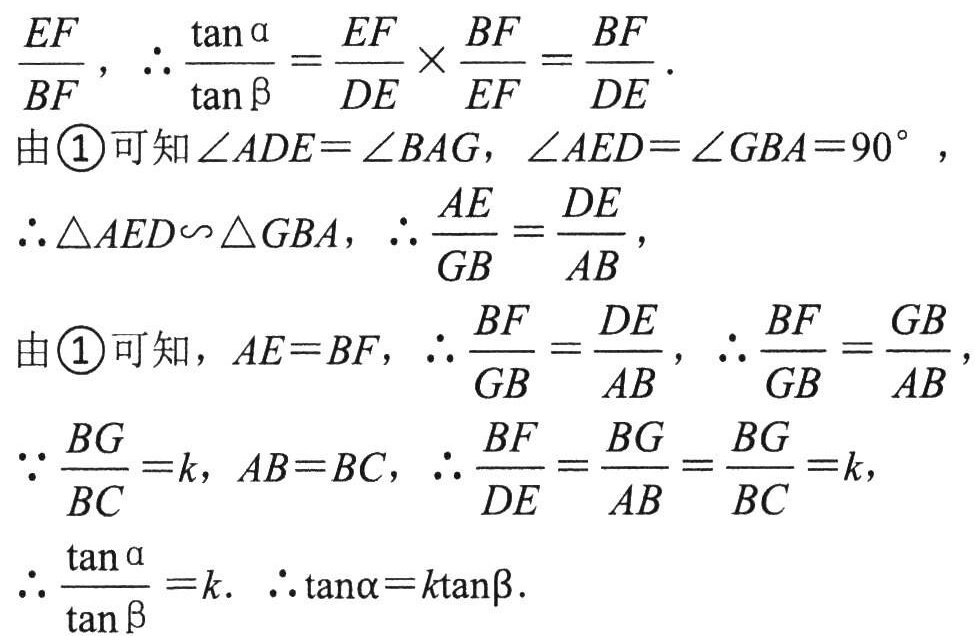
\(\frac{EF}{BF}\)，\(\therefore\frac{\tan\alpha}{\tan\beta}=\frac{EF}{DE}\times\frac{BF}{EF}=\frac{BF}{DE}\)．
由\textcircled{1}可知\(\angle ADE = \angle BAG\)，\(\angle AED=\angle GBA = 90^{\circ}\)，
\(\therefore\triangle AED\backsim\triangle GBA\)，\(\therefore\frac{AE}{GB}=\frac{DE}{AB}\)，
由\textcircled{1}可知，\(AE = BF\)，\(\therefore\frac{BF}{GB}=\frac{DE}{AB}\)，\(\therefore\frac{BF}{GB}=\frac{GB}{AB}\)，
\(\because\frac{BG}{BC}=k\)，\(AB = BC\)，\(\therefore\frac{BF}{DE}=\frac{BG}{AB}=\frac{BG}{BC}=k\)，
\(\therefore\frac{\tan\alpha}{\tan\beta}=k\)．\(\therefore\tan\alpha = k\tan\beta\)．